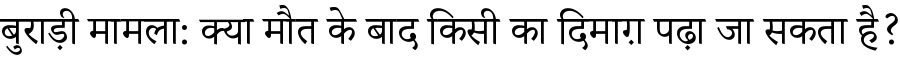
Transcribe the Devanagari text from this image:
बुराड़ी मामला: क्या मौत के बाद किसी का दिमाग़ पढ़ा जा सकता है?